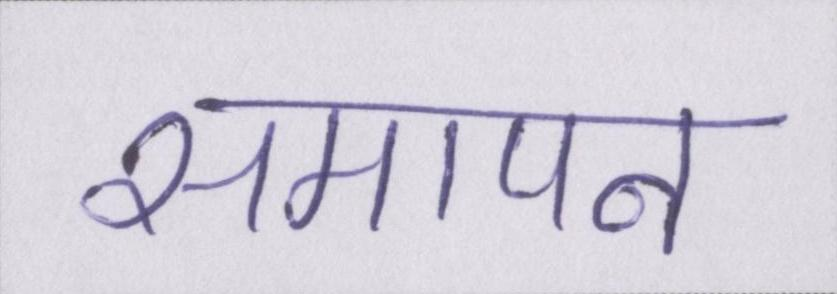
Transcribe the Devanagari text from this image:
समापन